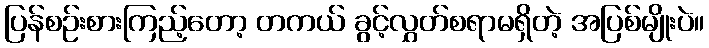
ပြန်စဉ်းစားကြည့်တော့ တကယ် ခွင့်လွှတ်စရာမရှိတဲ့ အပြစ်မျိုးပဲ။